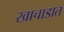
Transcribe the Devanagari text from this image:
खाचाडात